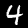
Label: 4